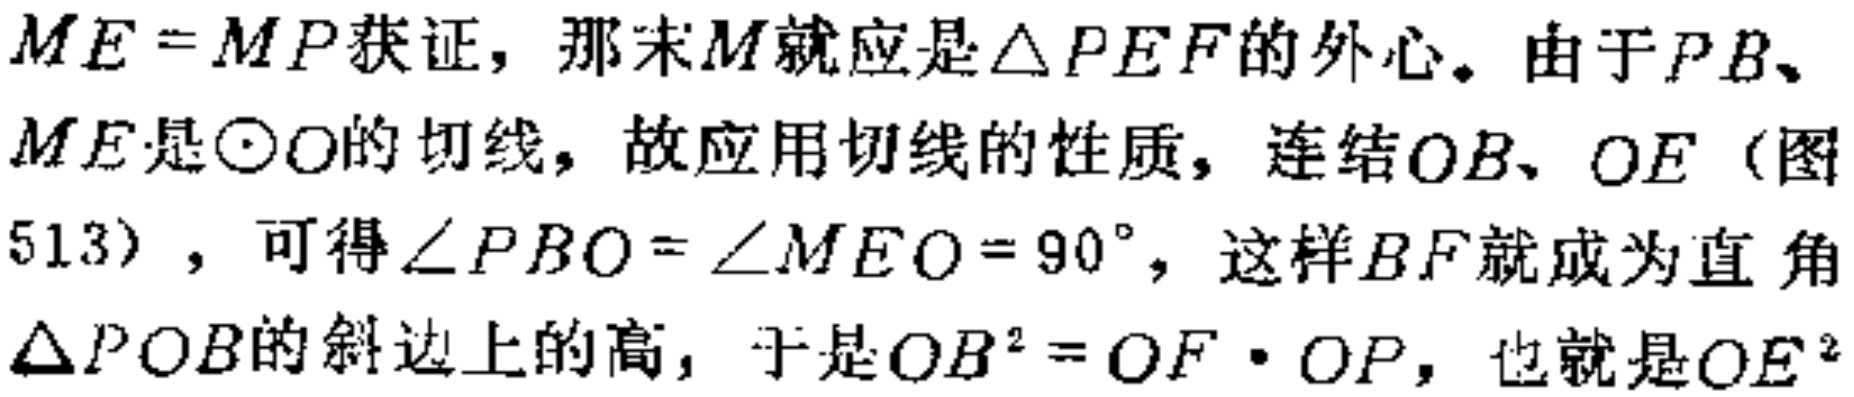
$ME = MP获证，那末M就应是\triangle PEF的外心。由于PB、ME是\odot O的切线，故应用切线的性质，连结OB、OE（图513），可得\angle PBO = \angle MEO = 90^{\circ}，这样BF就成为直角\triangle POB的斜边上的高，于是OB^{2} = OF\cdot OP，也就是OE^{2}$